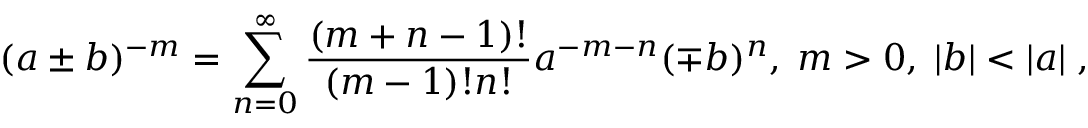
( a \pm b ) ^ { - m } = \sum _ { n = 0 } ^ { \infty } \frac { ( m + n - 1 ) ! } { ( m - 1 ) ! n ! } a ^ { - m - n } ( \mp b ) ^ { n } , \; m > 0 , \; | b | < | a | \; ,